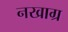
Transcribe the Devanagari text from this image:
नखाग्र